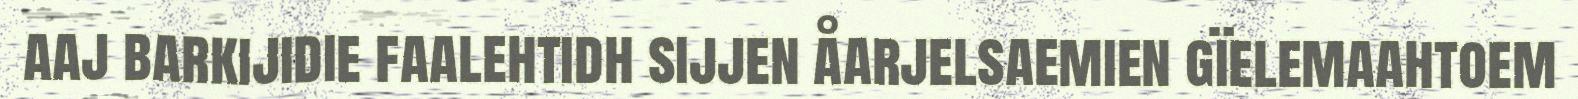
aaj barkijidie faalehtidh sijjen åarjelsaemien gïelemaahtoem